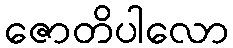
ဇောတိပါလော